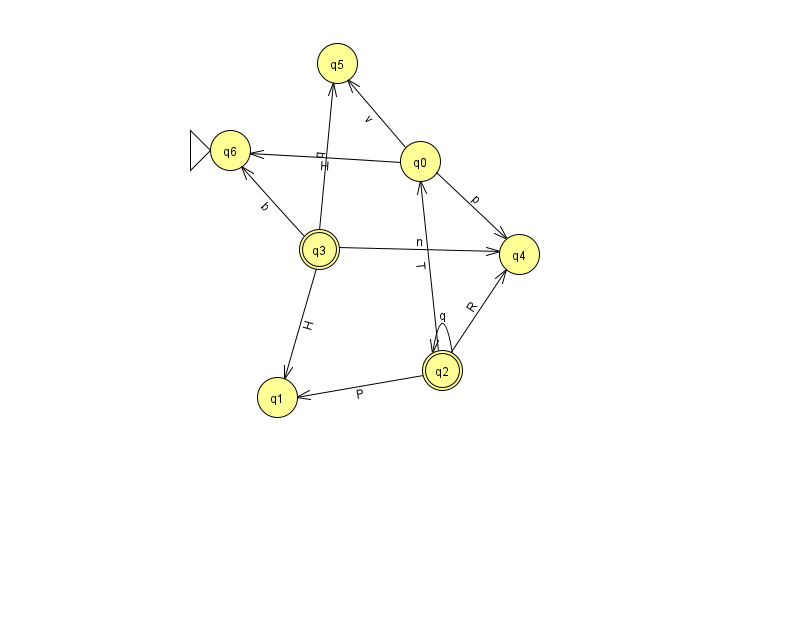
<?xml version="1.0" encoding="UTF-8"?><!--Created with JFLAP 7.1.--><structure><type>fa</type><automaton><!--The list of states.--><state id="0" name="q0"><x>420.0</x><y>148.0</y></state><state id="1" name="q1"><x>277.0</x><y>384.0</y></state><state id="2" name="q2"><x>442.0</x><y>357.0</y><final/></state><state id="3" name="q3"><x>319.0</x><y>236.0</y><final/></state><state id="4" name="q4"><x>519.0</x><y>241.0</y></state><state id="5" name="q5"><x>337.0</x><y>50.0</y></state><state id="6" name="q6"><x>230.0</x><y>137.0</y><initial/></state><!--The list of transitions.--><transition><from>2</from><to>2</to><read>q</read></transition><transition><from>0</from><to>4</to><read>p</read></transition><transition><from>0</from><to>6</to><read>H</read></transition><transition><from>2</from><to>1</to><read>P</read></transition><transition><from>2</from><to>4</to><read>R</read></transition><transition><from>2</from><to>0</to><read>T</read></transition><transition><from>3</from><to>4</to><read>n</read></transition><transition><from>3</from><to>5</to><read>q</read></transition><transition><from>0</from><to>5</to><read>v</read></transition><transition><from>3</from><to>1</to><read>H</read></transition><transition><from>3</from><to>6</to><read>b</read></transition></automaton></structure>